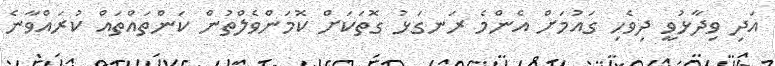
އަދި ވިދާޅުވީ ދިވެހި ގައުމަށް އެންމެ ރަނގަޅު ގޮތަކަށް ކޮމަންވެލްތުން ކަންތައްތައް ކުރައްވާނެ